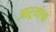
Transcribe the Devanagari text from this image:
आऱ्यांचा